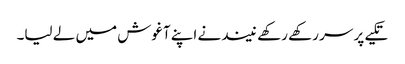
تکیے پر سر رکھے رکھے نیند نے اپنے آغوش میں لے لیا۔